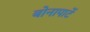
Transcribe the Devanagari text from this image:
बोनापार्टे